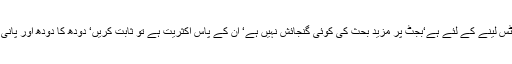
عمران خان آیا ہی نوٹس لینے کے لئے ہے‘بجٹ پر مزید بحث کی کوئی گنجائش نہیں ہے‘ ان کے پاس اکثریت ہے تو ثابت کریں‘ دودھ کا دودھ اور پانی کا پانی ہو جائے گا۔